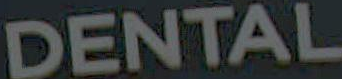
DENTAL